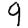
Digit: 9